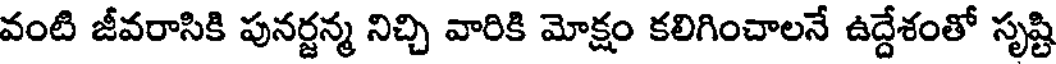
వంటి జీవరాసికి పునర్జన్మ నిచ్చి వారికి మోక్షం కలిగించాలనే ఉద్దేశంతో సృష్టి